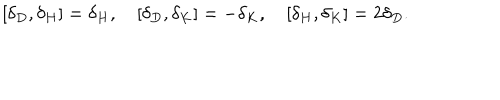
[ \delta _ { D } , \delta _ { H } ] = \delta _ { H } , [ \delta _ { D } , \delta _ { K } ] = - \delta _ { K } , [ \delta _ { H } , \delta _ { K } ] = 2 \delta _ { D } .